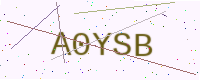
Text: A0YSB